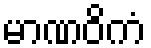
မာဏဝိကံ